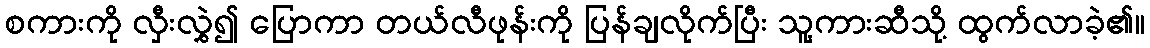
စကားကို လှီးလွှဲ၍ ပြောကာ တယ်လီဖုန်းကို ပြန်ချလိုက်ပြီး သူ့ကားဆီသို့ ထွက်လာခဲ့၏။